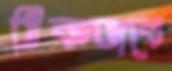
ঠিকভাবে